Vaccination in Bombay 1869-1873 - 1869-1873
Year: 1869
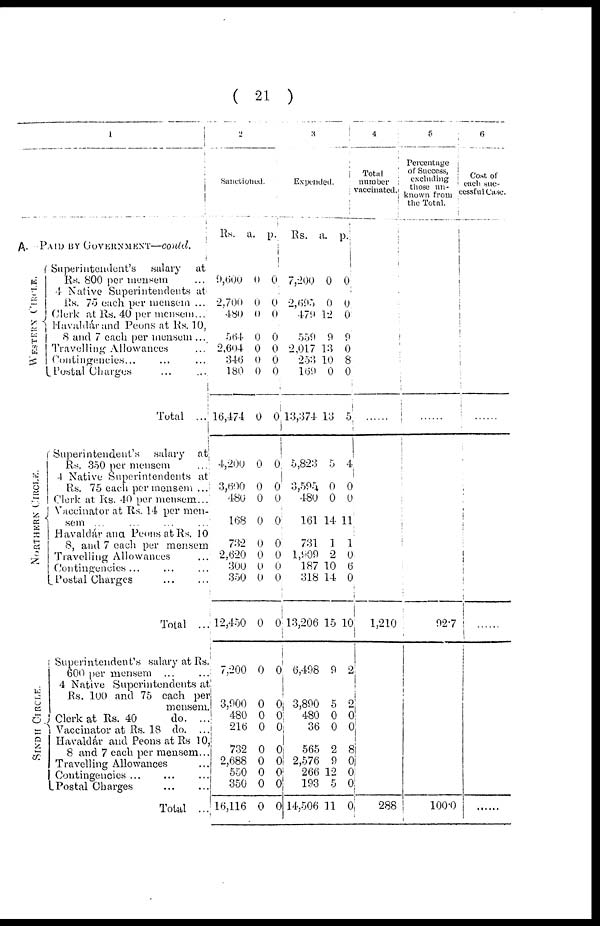
( 21 )
1
A. PAID BY GOVERNMENT—contd.
WESTERN CIRCLE.
NORTHERN CIRCLE.
SINDH CIRCLE.
Superintendent's
salary
at
Rs. 800 per mensem
4 Native Superintendents at
Rs. 75 each per mensem ...
Clerk at Rs. 40 per mensem...
Havaldár and Peons at Rs. 10,
8 and 7 each per mensem ...
Travelling Allowances ...
Contingencies... ... ...
Postal Charges
...
...
Total ...
Superintendent's salary at
Rs. 350 per mensem ...
4 Native Superintendents at
Rs. 75 each per mensem ...
Clerk at Rs. 40 per mensem...
Vaccinator at Rs. 14 per men-
sem ... ... ... ...
Havaldár ana Peons at Rs. 10
8, and 7 each per mensem
Travelling Allowances ...
Contingencies...
Postal Charges
...
...
Total ...
Superintendent's salary at Rs.
600 per mensem ... ...
4 Native Superintendents at
Rs. 100 and 75 each per
mensem.
Clerk at Rs. 40
do. ...
Vaccinator at Rs. 18 do. ...
Havaldár and Peons at Rs 10,
8 and 7 each per mensem...
Travelling Allowances ...
Contingencies ... ... ...
Postal Charges
...
...
Total ...
2
Sanctioned.
Rs.
9,600
2,700
480
564
2,604
346
180
16,474
4,200
3,600
480
168
732
2,620
300
350
12,450
7,200
3,000
480
216
732
2,688
550
350
16,116
a.
0
0
0
0
0
0
0
0
0
0
0
0
0
0
0
0
0
0
0
0
0
0
0
0
0
0
p.
0
0
0
0
0
0
0
0
0
0
0
0
0
0
0
0
0
0
0
0
0
0
0
0 0
0
3
Expended.
Rs.
7,200
2,695
479
559
2,017
253
169
13,374
5,823
3,595
480
161
731
1,909
187
318
13,206
6,498
3,890
480
36
565
2,576
266
193
14,506
a.
0
0
12
9
13
10
0
13
5
0
0
14
1
2
10
14
15
0
5
0
0
2
0
12
5
11
p.
0
0
0
9
0
8
0
5
4
0
0
11
1
0
6
0
10
2
2
0
0
8
0
0
0
0
4
Total
number
vaccinated.
1,210
288
5
Percentage
of Success,
excluding
those un-
known from
the Total.
92.7
100.0
6
Cost of
each suc¬
cessful Case.